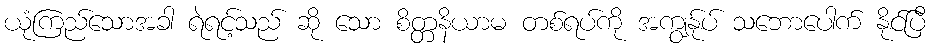
ယုံကြည်သောအခါ ရဲရင့်သည် ဆို သော စိတ္တနိယာမ တစ်ရပ်ကို အကျွန်ုပ် သဘောပေါက် နိုင်ပြီ